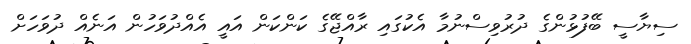
ސިޔާސީ ބޭފުޅުންގެ ދުރުވިސްނުމާ އެކުގައި ރާއްޖޭގެ ކަންކަން އައީ އެއްދުވަހުން އަނެއް ދުވަހަށް